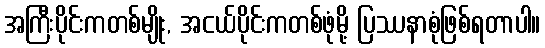
အကြီးပိုင်းကတစ်မျိုး, အငယ်ပိုင်းကတစ်ဖုံမို့ ပြဿနာစုံဖြစ်ရတာပါ။